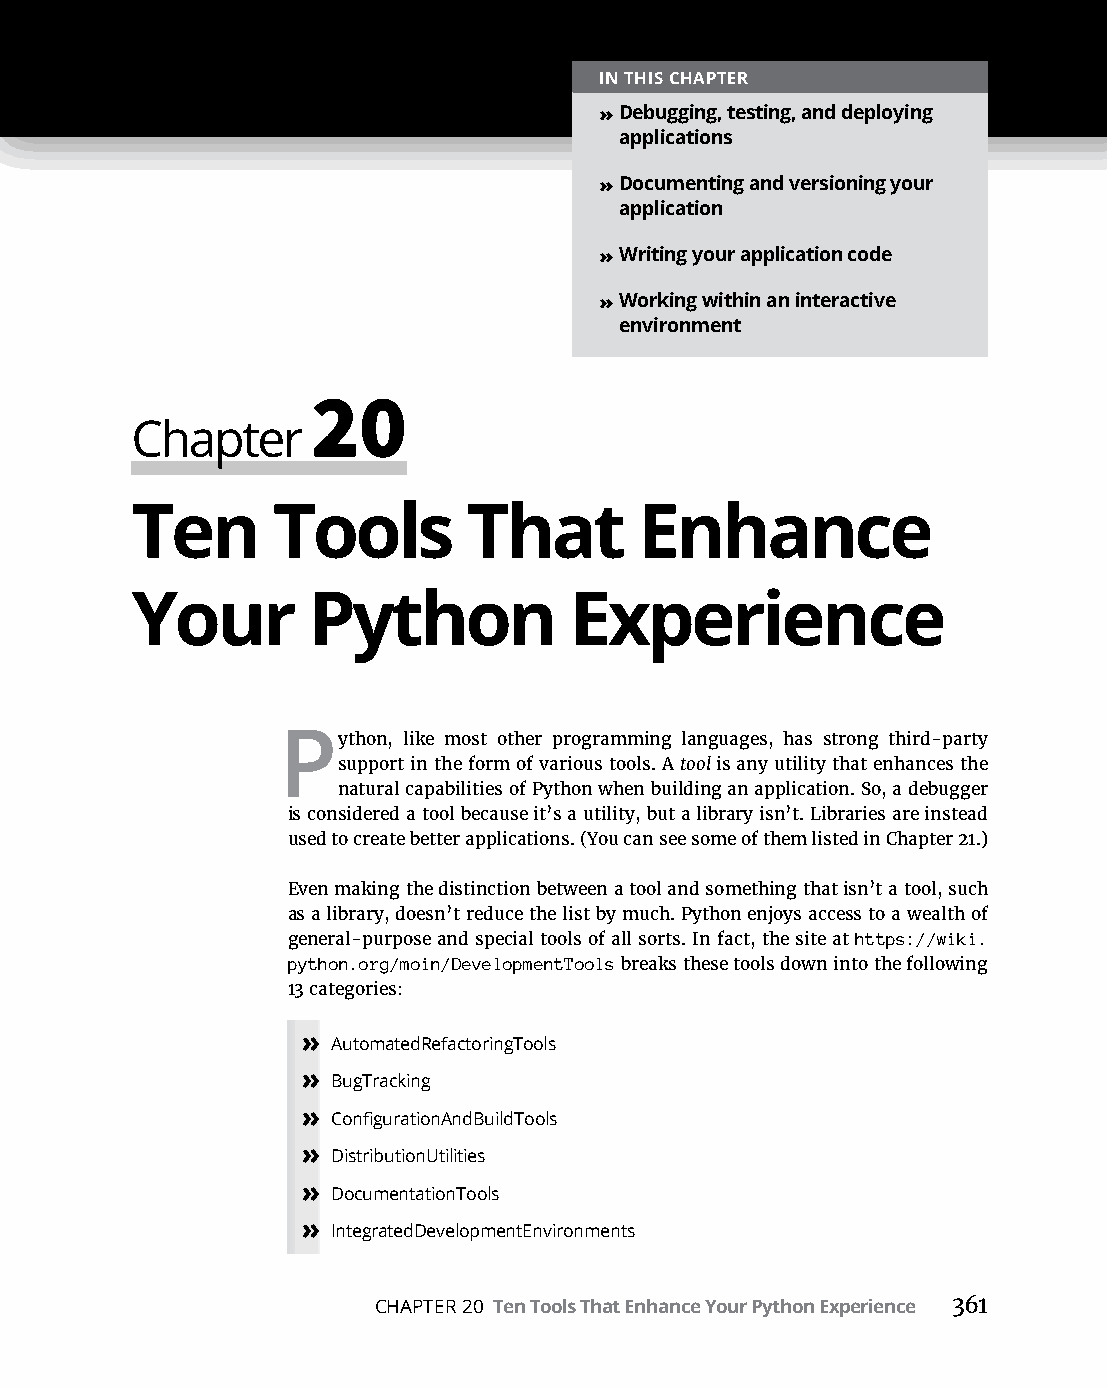
IN THIS CHAPTER
 » Debugging, testing, and deploying
 applications
 » Documenting and versioning your
 application
 » Writing your application code
 » Working within an interactive
 environment
 20
 Chapter
 Ten      Tools        That       Enhance
 Your       Python            Experience
 Python,  like most other programming languages, has strong third-party
 support in the form of various tools. A tool is any utility that enhances the
 natural capabilities of Python when building an application. So, a debugger
 is considered a tool because it’s a utility, but a library isn’t. Libraries are instead
 used to create better applications. (You can see some of them listed in Chapter 21.)
 Even making the distinction between a tool and something that isn’t a tool, such
 as a library, doesn’t reduce the list by much. Python enjoys access to a wealth of
 general-purpose and special tools of all sorts. In fact, the site at https://wiki.
 python.org/moin/DevelopmentTools breaks these tools down into the following
 13 categories:
 » AutomatedRefactoringTools
 » BugTracking
 » ConfigurationAndBuildTools
 » DistributionUtilities
 » DocumentationTools
 » IntegratedDevelopmentEnvironments
 CHAPTER 20 Ten Tools That Enhance Your Python Experience 361